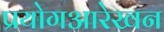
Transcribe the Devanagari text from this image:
प्रयोगआरेखन